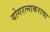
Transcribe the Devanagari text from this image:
योगरत्नाकराचा